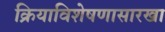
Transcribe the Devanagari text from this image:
क्रियाविशेषणासारखा